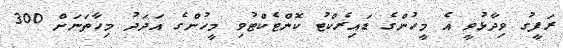
ރަފީގު ވިދާޅުވީ އެ މީހުންގެ ޑައިރެކްޓު ކޮންޓެކްޓުވި މީހުންގެ އަދަދު މިހާތަނަށް 300